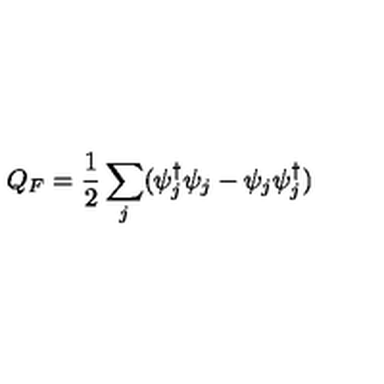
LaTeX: Q _ { F } = \frac { 1 } { 2 } \sum _ { j } ( \psi _ { j } ^ { \dagger } \psi _ { j } - \psi _ { j } \psi _ { j } ^ { \dagger } )